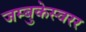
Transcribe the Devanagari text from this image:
जम्बुकेस्वरर